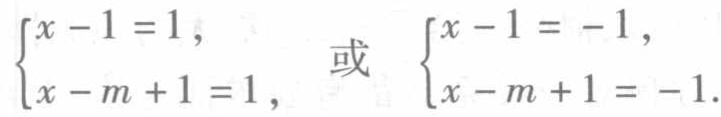
$\begin{cases}x - 1 = 1, \\x - m + 1 = 1, \end{cases} \text{或} \begin{cases}x - 1 = -1, \\x - m + 1 = -1.\end{cases}$